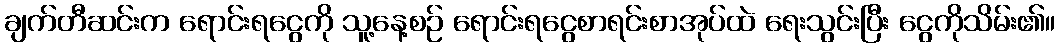
ချက်တီဆင်းက ရောင်းရငွေကို သူ့နေ့စဉ် ရောင်းရငွေစာရင်းစာအုပ်ထဲ ရေးသွင်းပြီး ငွေကိုသိမ်း၏။